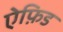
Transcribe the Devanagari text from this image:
ऐफ़िड